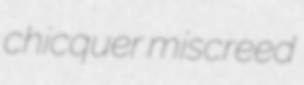
chicquer miscreed